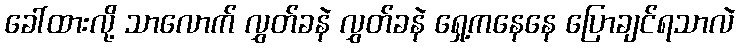
ခေါ်ထားလို့ သာလောက် လွှတ်ခနဲ လွှတ်ခနဲ ရှေ့ကနေနေ ပြောချင်ရသာလဲ